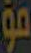
B